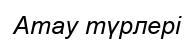
Атау түрлері